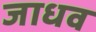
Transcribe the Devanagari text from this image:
जाधव